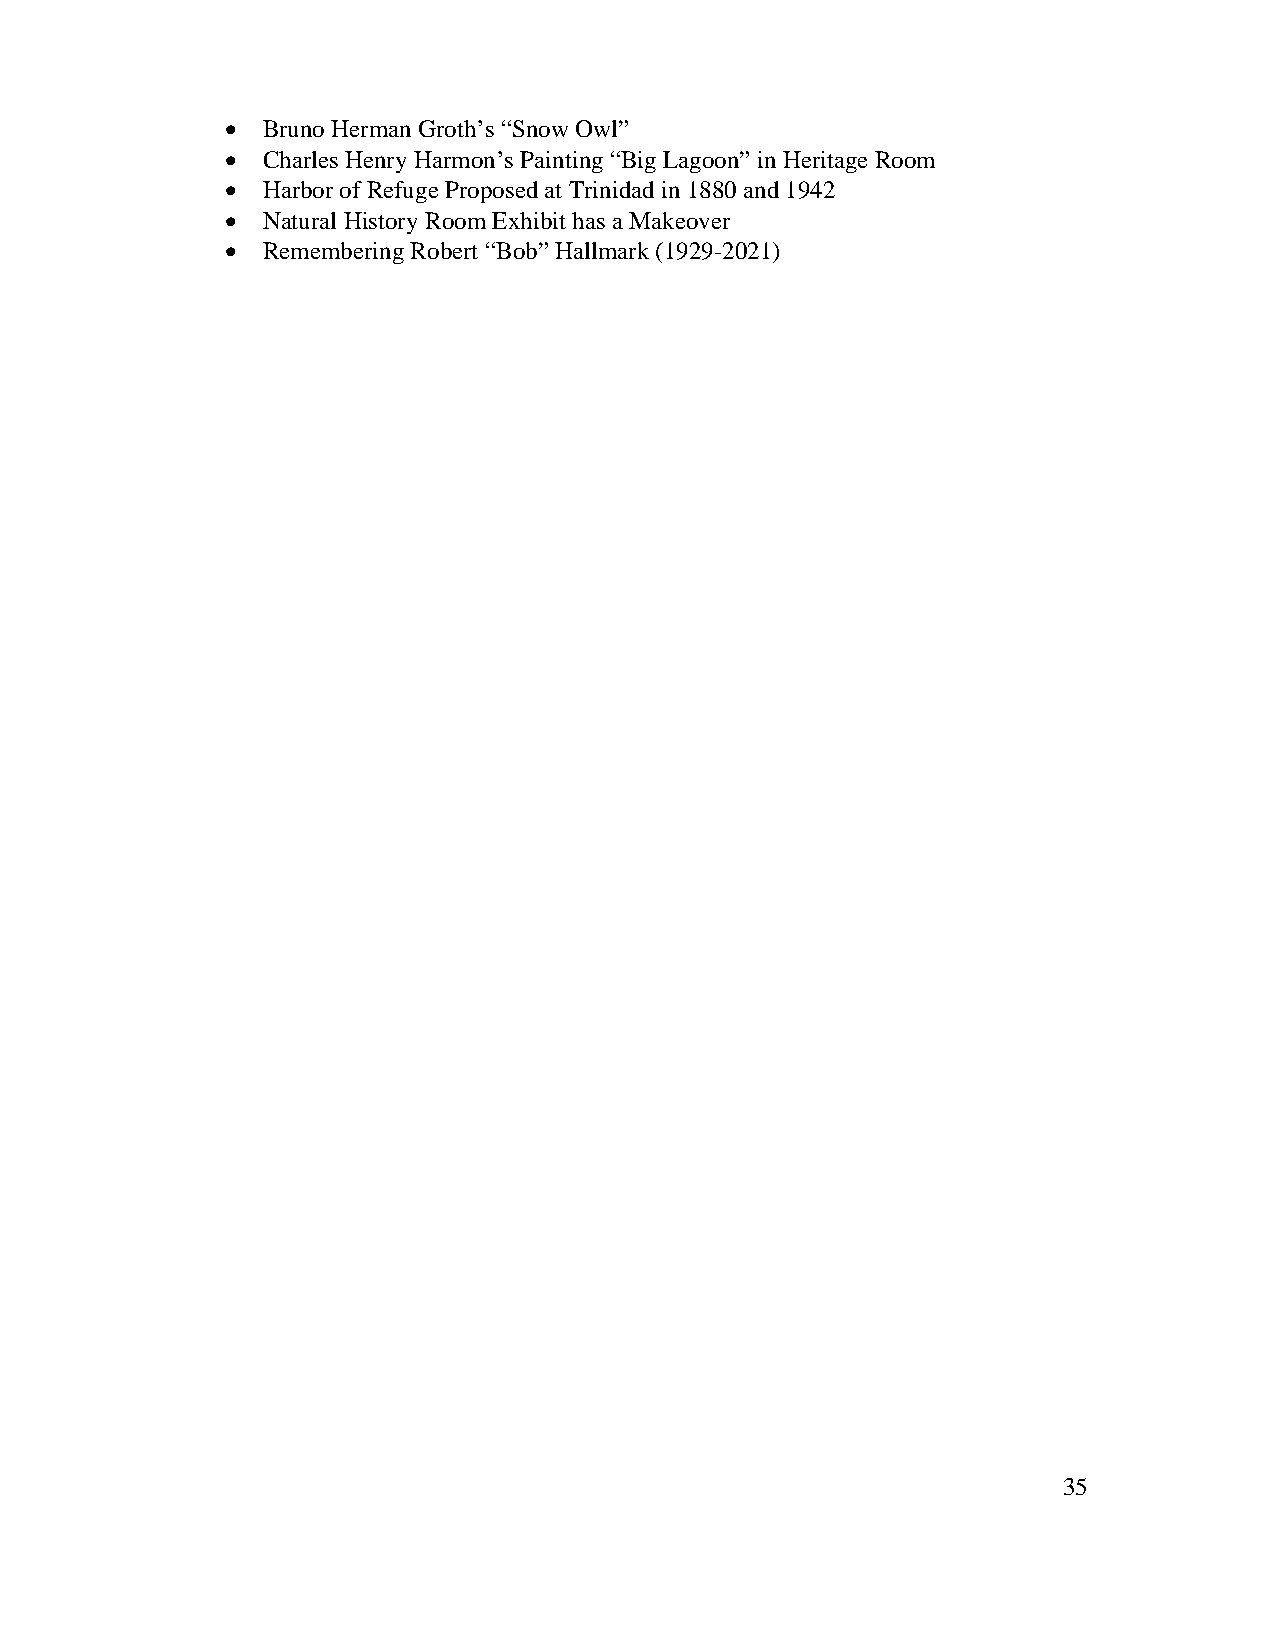
 Bruno Herman Groth’s “Snow Owl”
  Charles Henry Harmon’s Painting “Big Lagoon” in Heritage Room
  Harbor of Refuge Proposed at Trinidad in 1880 and 1942
  Natural History Room Exhibit has a Makeover
  Remembering Robert “Bob” Hallmark (1929-2021)
 35